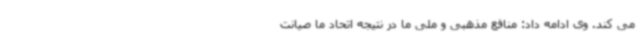
می کند. وی ادامه داد: منافع مذهبی و ملی ما در نتیجه اتحاد ما صیانت